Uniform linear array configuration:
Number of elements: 4
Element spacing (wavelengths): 1
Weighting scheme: hamming
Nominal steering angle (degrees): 30
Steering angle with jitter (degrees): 30.868
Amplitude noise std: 0.05
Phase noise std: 0.05

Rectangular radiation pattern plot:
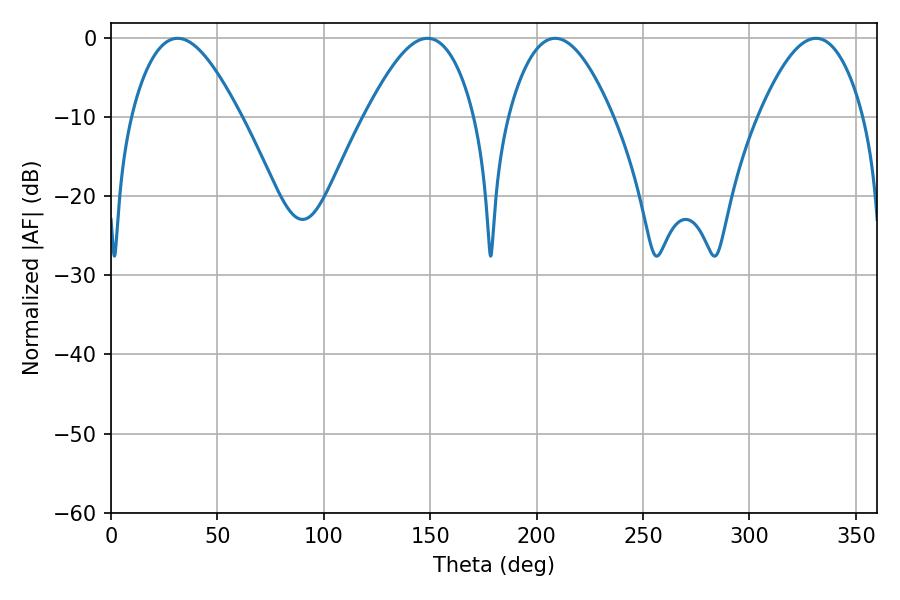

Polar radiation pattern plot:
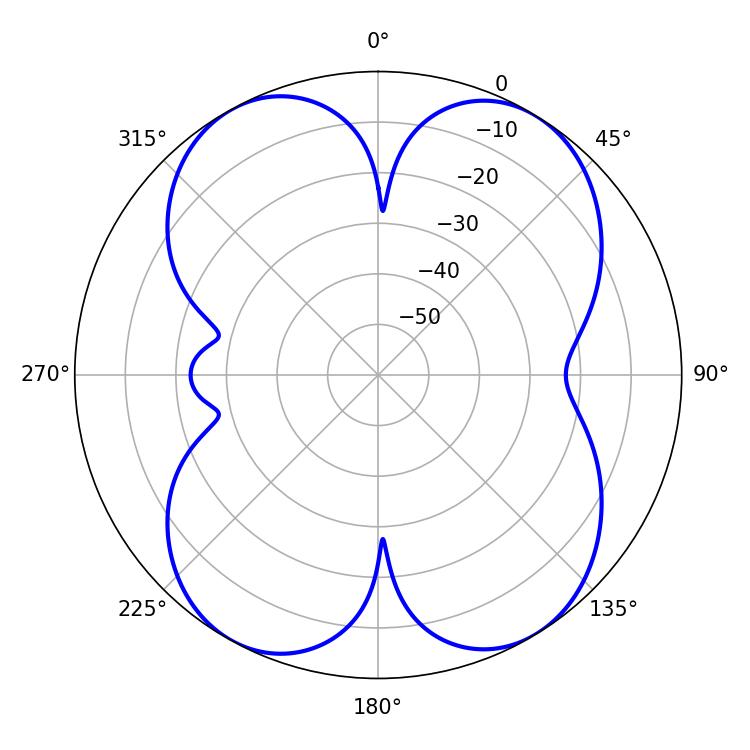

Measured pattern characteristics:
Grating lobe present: TRUE
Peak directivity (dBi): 14.24
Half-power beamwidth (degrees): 27.54
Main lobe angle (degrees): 31.32